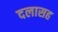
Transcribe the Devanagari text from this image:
दलासह